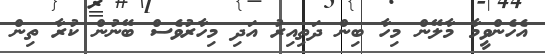
އެހެންވީމާ މާލޭން މިހާ ބިން ދަތިއިރު އަދި މިހާރުވެސް ބޭނުން ކުރާ ތިން